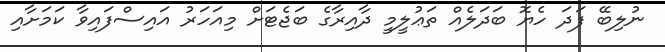
ނުލިބޭ ފަދަ ހެޔޮ ބަދަލެއް ތަޢުލީމީ ދާއިރާގެ ބަޖެޓަށް މިއަހަރު އައިސްފައިވާ ކަމަށާއި